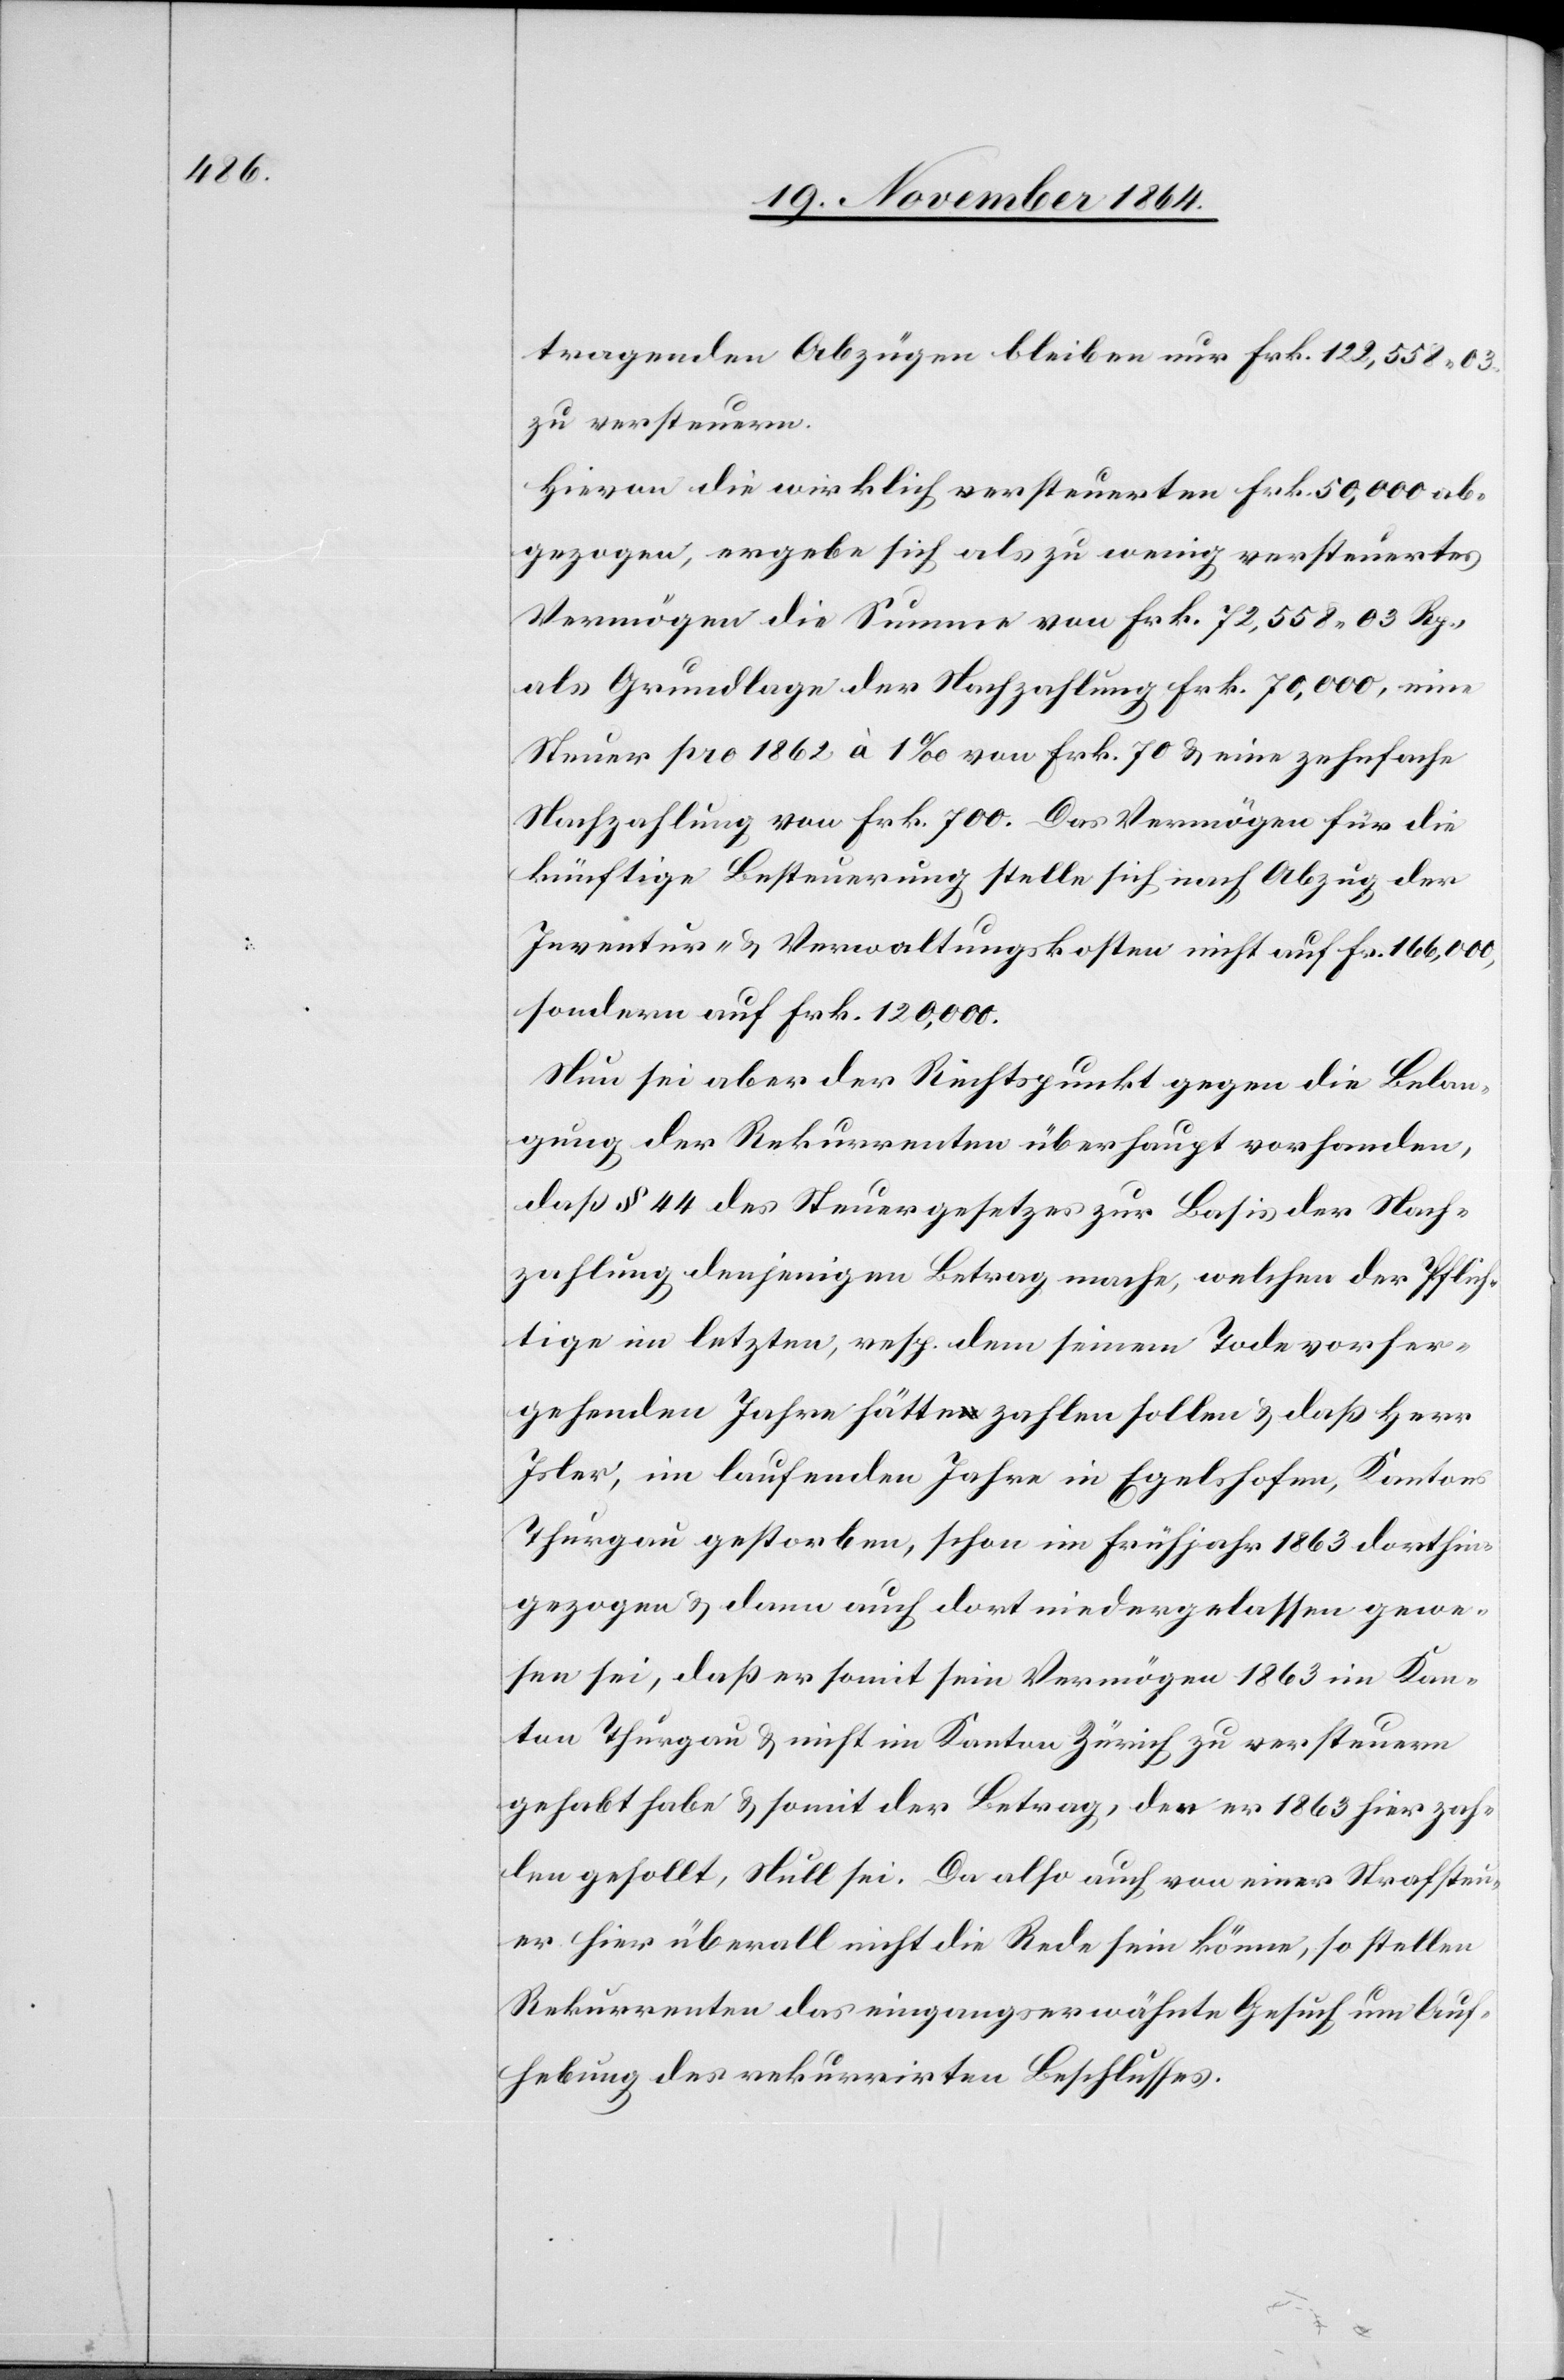
tragenden Abzügen bleiben nur Frk. 122,558.03.
zu versteuern.
Hievon die wirklich versteuerten Frk. 50,000 ab¬
gezogen, ergebe sich als zu wenig versteuertes
Vermögen die Summe von Frk. 72,558.03 Rp.,
als Grundlage der Nachzahlung Frk. 70,000, eine
Steuer pro 1862 à 1‰ von Frk. 70 & eine zehnfache
Nachzahlung von Frk. 700. Das Vermögen für die
künftige Besteuerung stelle sich nach Abzug der
Inventur- & Verwaltungskosten nicht auf Fr. 166,000,
sondern auf Frk. 120,000.
Nun sei aber der Rechtspunkt gegen die Belan¬
gung der Rekurrenten überhaupt vorhanden,
daß § 44 des Steuergesetzes zur Basis der Nach¬
zahlung denjenigen Betrag mache, welchen der Pflich¬
tige im letzten, resp. dem seinem Tode vorher¬
gehenden Jahre hätte zahlen sollen & daß Herr
Isler, im laufenden Jahre in Egelshofen, Kantons
Thurgau gestorben, schon im Frühjahr 1863 im Kan¬
ton Thurgau & nicht im Kanton Zürich zu versteuern
gehabt habe & somit der Betrag, den er 1863 hier zah¬
len gesollt, Null sei. Da also auch von einer Strafsteu¬
er hier überall nicht die Rede sein könne, so stellen
Rekurrenten das eingangserwähnte Gesuch um Auf¬
hebung des rekurrirten Beschlusses.